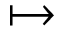
\mapsto